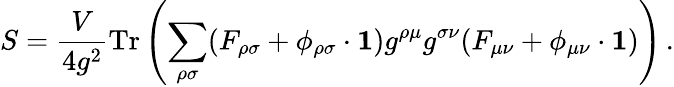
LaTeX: S=\frac{V}{4g^{2}}\mathrm{Tr}\left(\sum_{\rho\sigma}(F_{\rho\sigma}+\phi_{\rho\sigma}\cdot{\mathbf 1})g^{\rho\mu}g^{\sigma\nu}(F_{\mu\nu}+\phi_{\mu\nu}\cdot{\mathbf 1})\right)\, .